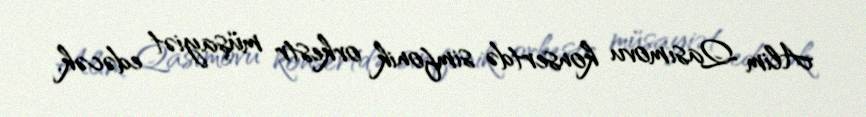
Alim Qasımovu konsertdə simfonik orkestr müşayiət edəcək.